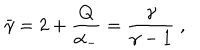
LaTeX: \bar { \gamma } = 2 + { \frac { Q } { \alpha _ { - } } } = { \frac { \gamma } { \gamma - 1 } } \ ,